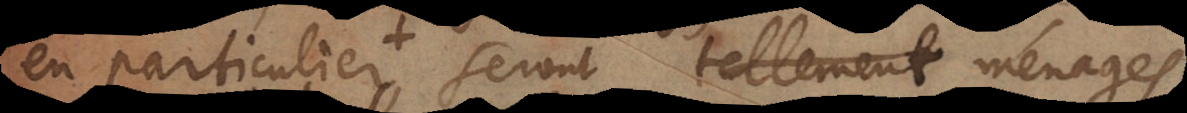
en particulier seront ménages